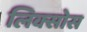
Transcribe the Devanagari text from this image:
लिक्सोस